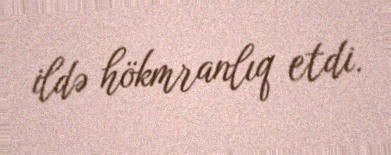
ildə hökmranlıq etdi.